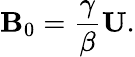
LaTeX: {\mathbf{B}}_{0}=\frac{\gamma}{\beta}{\mathbf{U}}.